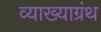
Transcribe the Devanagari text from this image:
व्याख्याग्रंथ